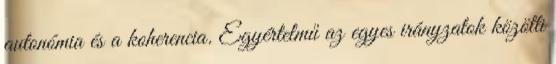
autonómia és a koherencia. Egyértelmű az egyes irányzatok közötti